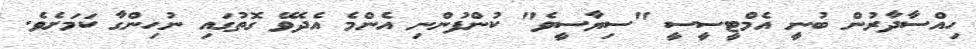
ހިއްސާދާރުން ބުނީ އެމްޓީސީސީ "ސިޔާސީވެ" ކުންފުންނި އެންމެ އެދެވޭ ގޮތުގައި ނުހިންގާ ކަމަށެވެ.